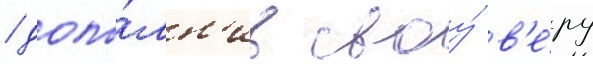
/ допо́лн'ив своу́ в'е́ру